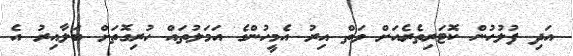
އަދި ފުލުހުން ކޮޓަރިތެރެއަށް ވަތް އިރު އެމީހުންގެ އަމަލުތައް ހުރިގޮތަށް ބަލާއިރު އެ